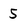
Character: 5